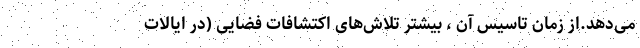
می‌دهد.از زمان تاسیس آن ، بیشتر تلاش‌های اکتشافات فضایی (در ایالات